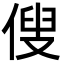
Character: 傁